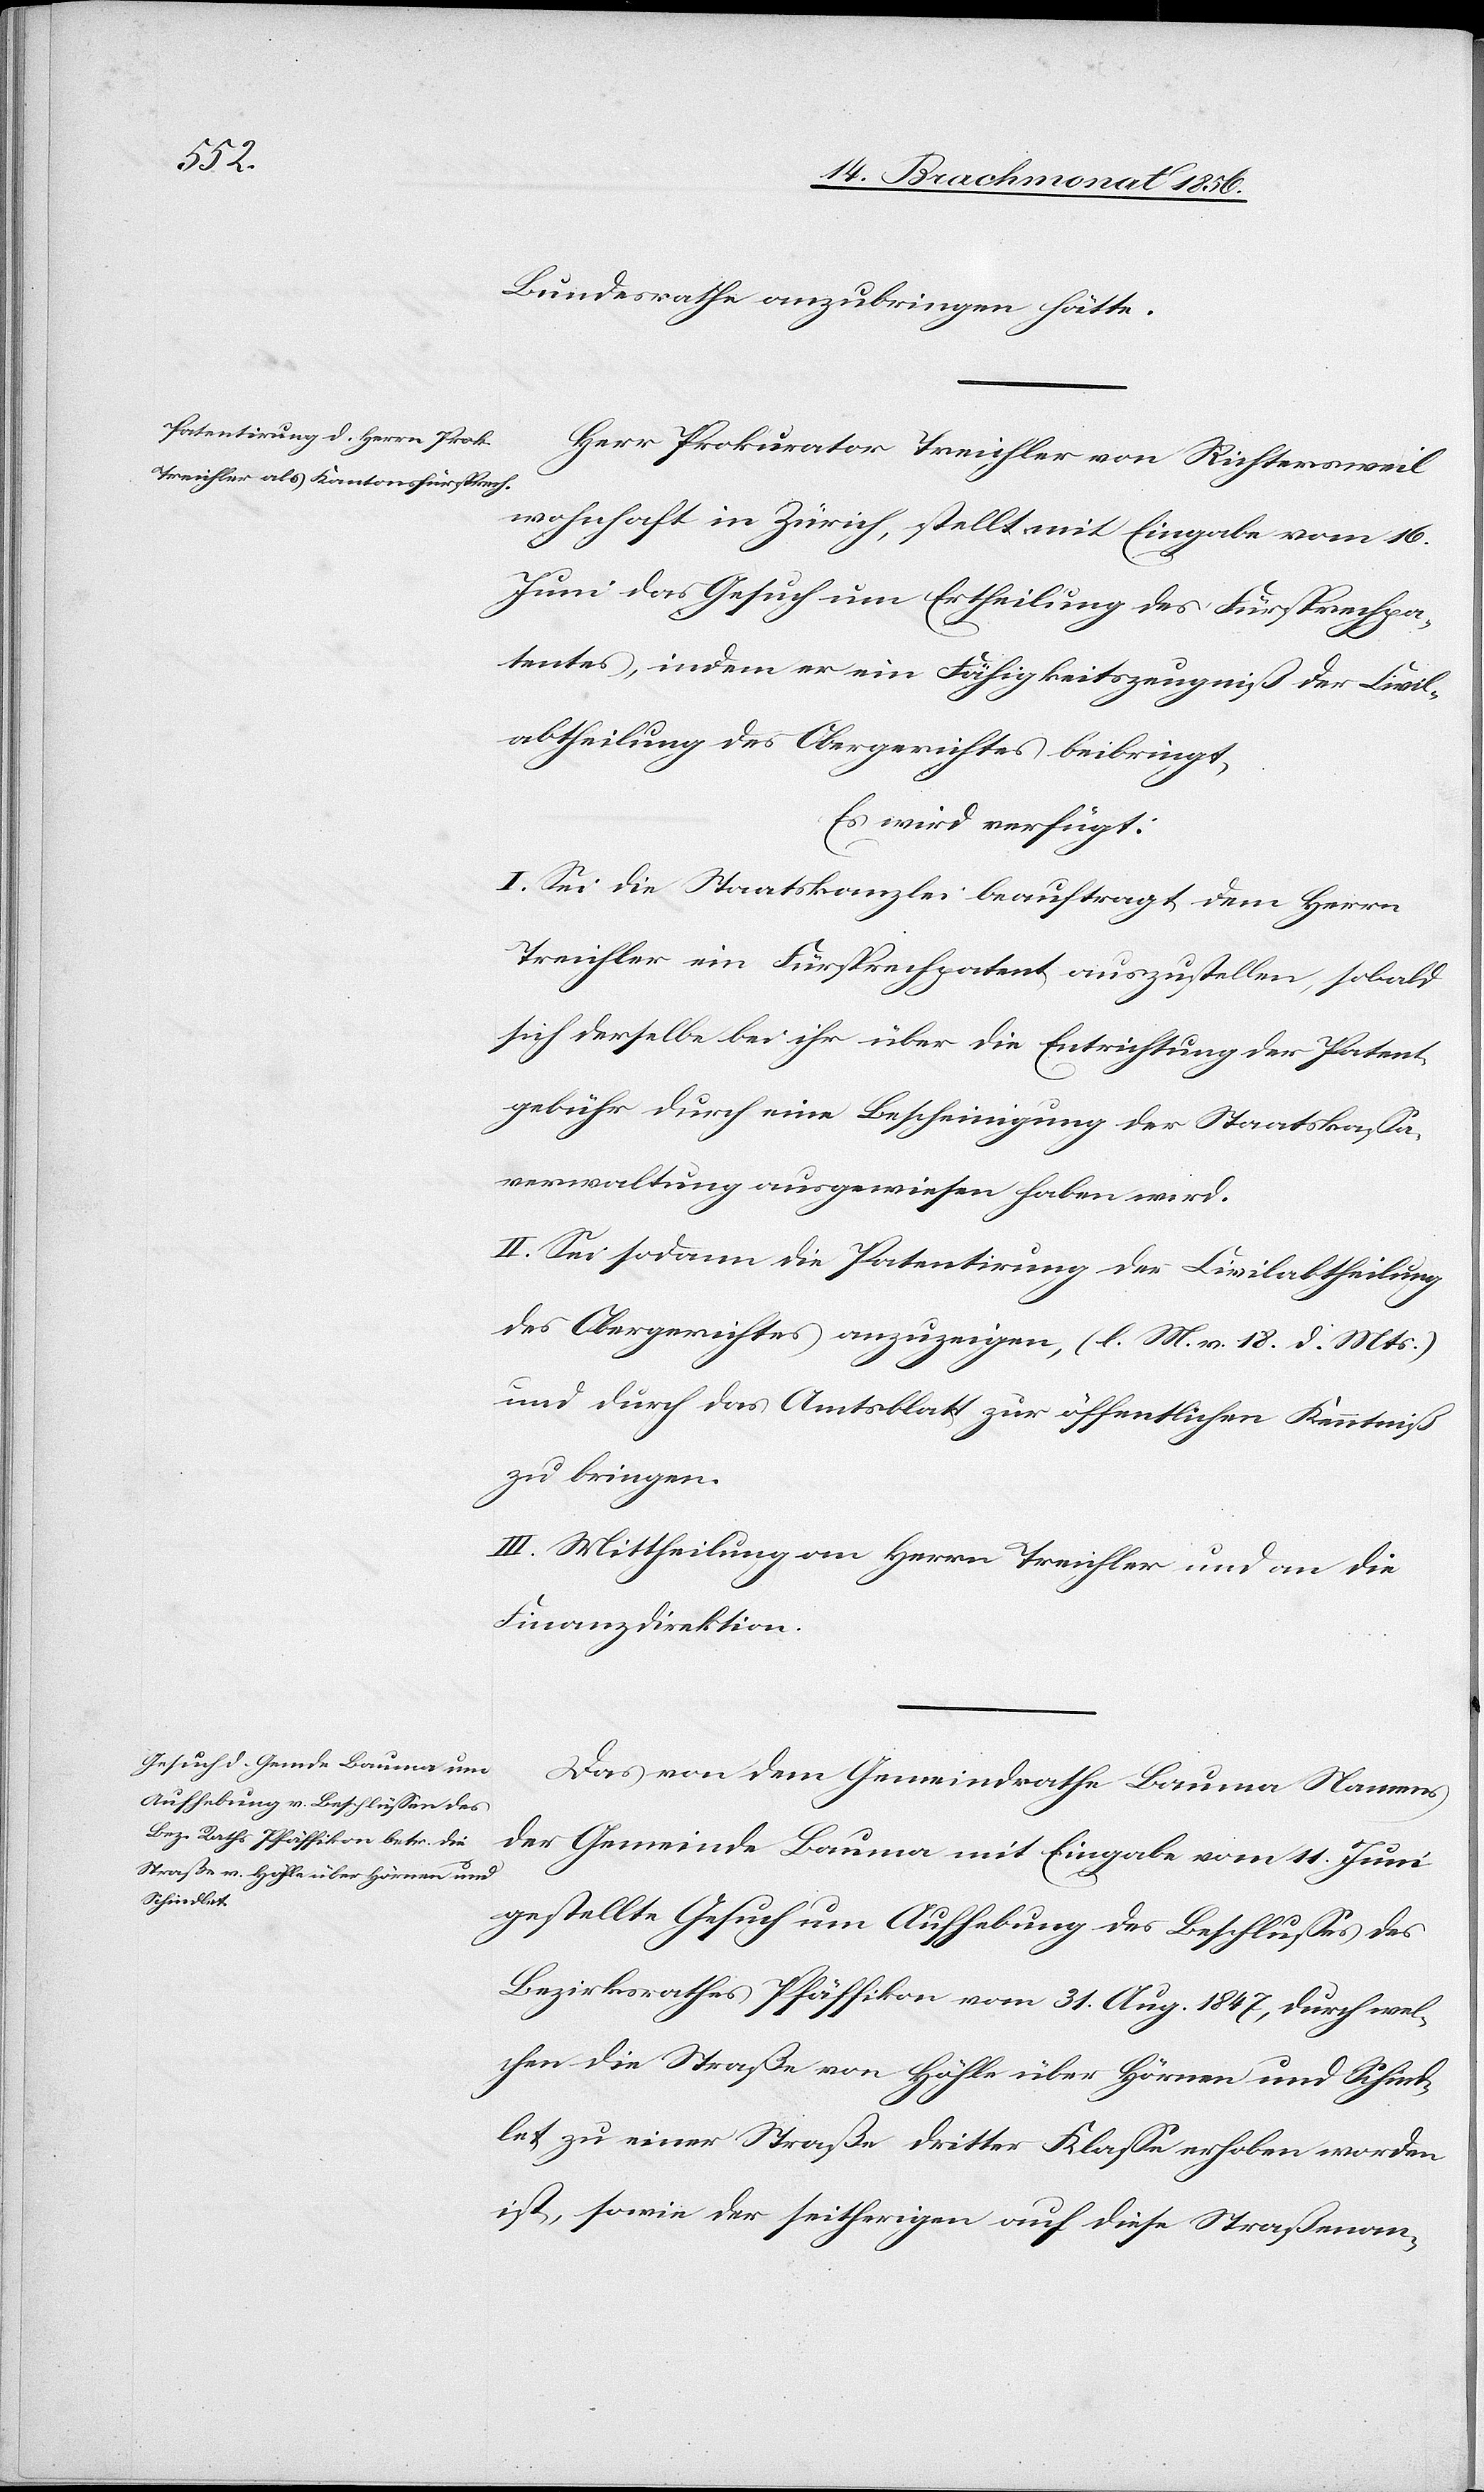
Brachm.

Bundesrathe anzubringen hätte.
Herr Prokurator Treichler von Richtersweil
wohnhaft in Zürich, stellt mit Eingabe vom 16.
Juni das Gesuch um Ertheilung des Fürsprechpa¬
tentes, indem er ein Fähigkeitszeugniß der Civil¬
abtheilung des Obergerichtes beibringt,
Es wird verfügt:
I. Sei die Staatskanzlei beauftragt dem Herrn
Treichler ein Fürsprechpatent auszustellen, sobald
sich derselbe bei ihr über die Entrichtung der Patent¬
gebühr durch eine Bescheinigung der Staatskassa¬
verwaltung ausgewiesen haben wird.
II. Sei sodann die Patentirung der Civilabtheilung
des Obergerichtes anzuzeigen, (l. M. v. 18. d. Mts.)
und durch das Amtsblatt zur öffentlichen Kenntniß
zu bringen.
III. Mittheilung an Herrn Treichler und an die
Finanzdirektion.
Das von dem Gemeindrath Bauma Namens
der Gemeinde Bauma mit Eingabe vom 11. Juni
gestellte Gesuch um Aufhebung des Beschlusses des
Bezirksrathes Pfäffikon vom 31. Aug. 1847, durch wel¬
chen die Straße von Höhle über Hörnen und Schind¬
let zu einer Straße dritter Klasse erhoben worden
ist, sowie der seitherigen auf diese Straßenan-